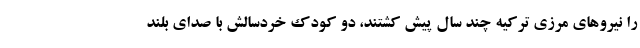
را نیروهای مرزی ترکیه چند سال پیش کشتند، دو کودک خردسالش با صدای بلند